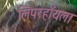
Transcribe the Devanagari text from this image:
लिपरहॉयला